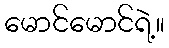
မောင်မောင်ရဲ့။